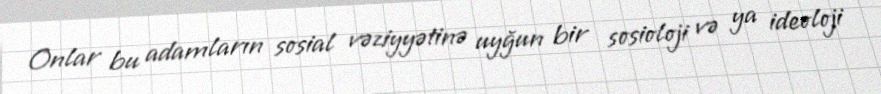
Onlar bu adamların sosial vəziyyətinə uyğun bir sosioloji və ya ideoloji